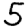
Digit: 5